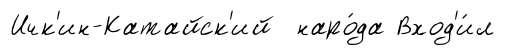
Ичк'ин-Катайск'ий наро́да Вход'и́л